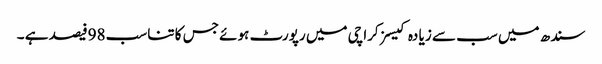
سندھ میں سب سے زیا دہ کیسز کراچی میں رپورٹ ہوئے جس کا تناسب 98فیصد ہے ۔